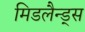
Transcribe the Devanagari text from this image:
मिडलैन्ड्स